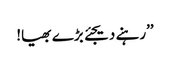
’’رہنے دیجئے بڑے بھیا!